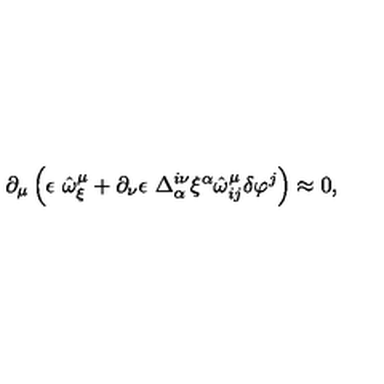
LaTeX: \partial _ { \mu } \left( \epsilon \ \hat { \omega } _ { \xi } ^ { \mu } + \partial _ { \nu } \epsilon \ \Delta _ { \alpha } ^ { i \nu } \xi ^ { \alpha } \hat { \omega } _ { i j } ^ { \mu } \delta \varphi ^ { j } \right) \approx 0 ,